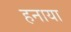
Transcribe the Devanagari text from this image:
हनाया